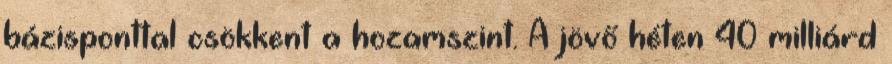
bázisponttal csökkent a hozamszint. A jövő héten 40 milliárd